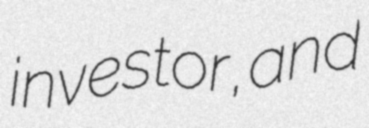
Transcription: investor, and